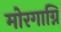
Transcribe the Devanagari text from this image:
मोरगाग्नि